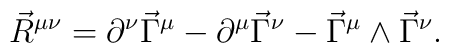
\vec{R}^{\mu \nu} = \partial^\nu \vec{\Gamma}^\mu - \partial^\mu \vec{\Gamma}^\nu - \vec{\Gamma}^\mu \wedge \vec{\Gamma}^\nu.